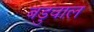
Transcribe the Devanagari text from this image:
बडुवाल